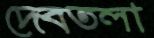
দেবতলা